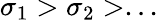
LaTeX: \sigma_{1}>\sigma_{2}>...